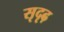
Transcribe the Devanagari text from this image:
सृदृढ़